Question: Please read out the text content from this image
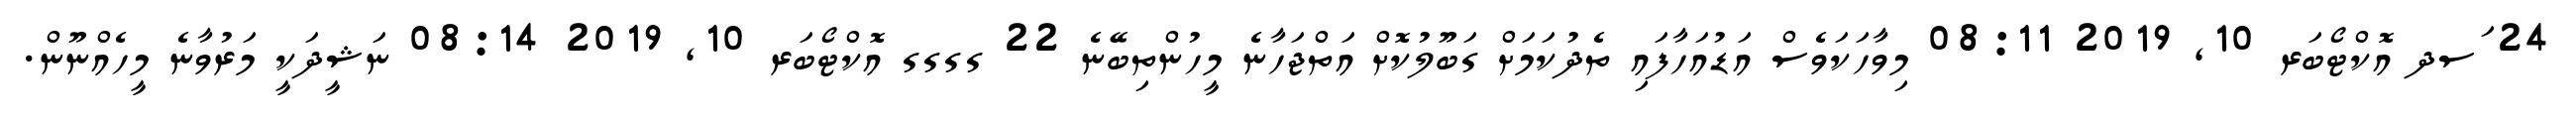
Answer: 24 ަސދ އޮކްޓޯބަރ 10, 2019 08:11 މިވާހަކަވެސް އަޑުއަހާފައި ތެދުކަމަށް ގަބޫލުކޮށް އަތްޖަހާނެ މީހުންތިބޭނެ 22 ގގގގ އޮކްޓޯބަރ 10, 2019 08:14 ނަޝީދަކީ މަރުވާނެ މީހެއްނޫން.